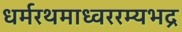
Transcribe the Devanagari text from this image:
धर्मरथमाध्वररम्यभद्र